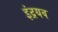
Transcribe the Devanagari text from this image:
इंद्रयव